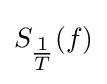
S_{\tfrac {1}{T}}(f)